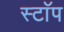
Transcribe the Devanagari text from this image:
स्टाॅप